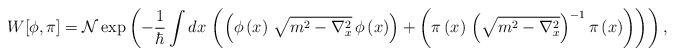
\begin{align*}W[\phi,\pi] =\mathcal{N}\exp\left( -\frac{1}{\hbar}\int dx\,\left( \left( \phi\left( x\right) \,\sqrt{m^{2}-\nabla_{x}^{2}}\,\phi\left( x\right)\right) + \left( {\pi}\left( x\right) \,\left(\sqrt{m^{2}-\nabla_{x}^{2}}\right) ^{-1} {\pi}\left( x\right) \right) \right) \right) ,\end{align*}